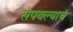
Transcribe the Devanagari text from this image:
संपवल्याचं